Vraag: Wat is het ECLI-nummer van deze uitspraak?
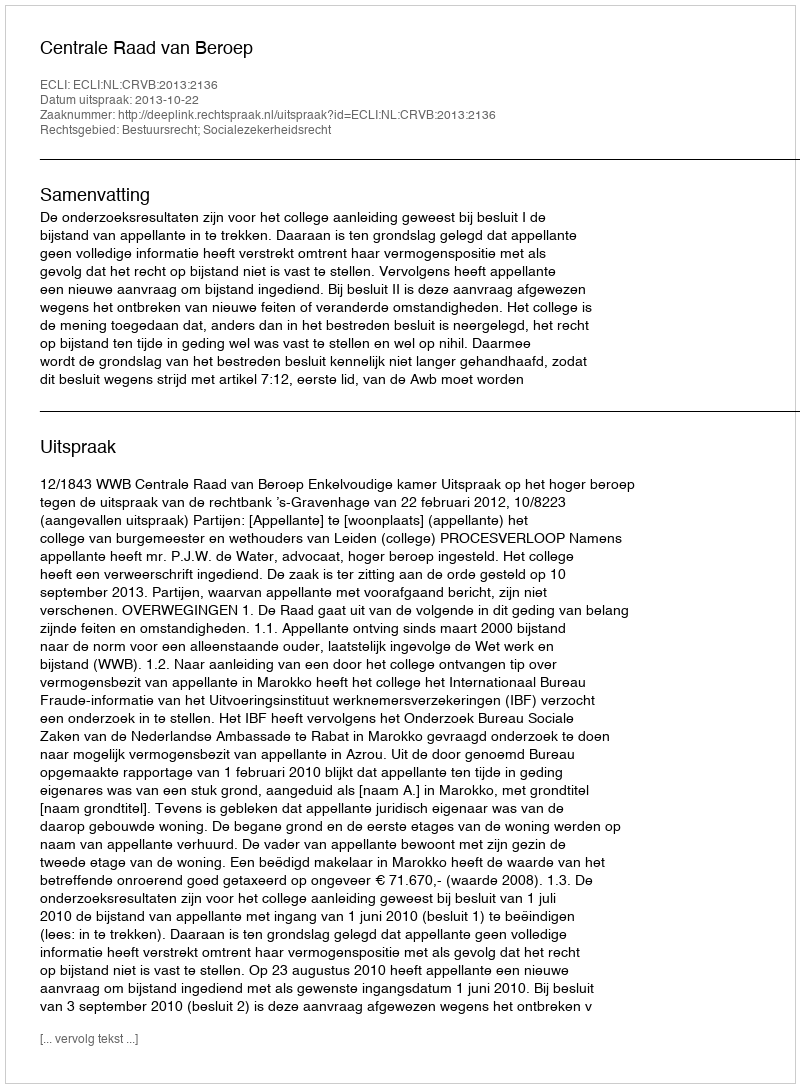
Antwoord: ECLI:NL:CRVB:2013:2136